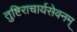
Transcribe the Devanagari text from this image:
तुष्टिराचार्यसेवनम्